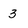
Character: 3